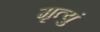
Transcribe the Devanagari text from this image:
मृत्युं